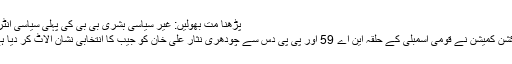
پڑھنا مت بھولیں: غیر سیاسی بشریٰ بی بی کی پہلی سیاسی انٹری
الیکشن کمیشن نے قومی اسمبلی کے حلقہ این اے 59 اور پی پی دس سے چودھری نثار علی خان کو جیب کا انتخابی نشان الاٹ کر دیا ہے۔